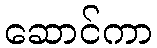
ဆောင်ကာ